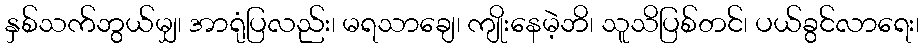
နှစ်သက်ဘွယ်မျှ၊ အာရုံပြလည်း၊ မရသာချေ၊ ကျိုးနေမဲ့ဘိ၊ သူသိပြစ်တင်၊ ပယ်ခွင်လာရေး၊